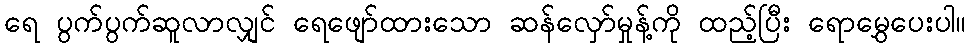
ရေ ပွက်ပွက်ဆူလာလျှင် ရေဖျော်ထားသော ဆန်လှော်မှုန့်ကို ထည့်ပြီး ရောမွှေပေးပါ။